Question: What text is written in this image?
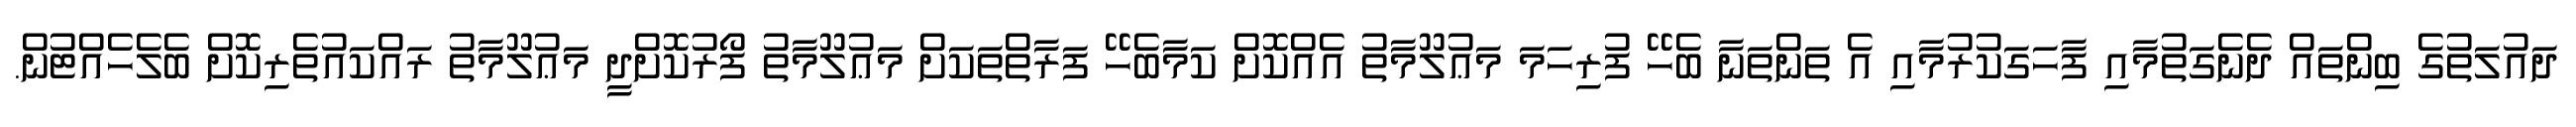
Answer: ދައުލަތުގެ ބިންތައް ދެނެގަތުމާއި ފާހަގަކުރުމާއި އެ ތަންތަނާ ބެހޭ ފުރިހަމަ މަޢުލޫމާތު އެއްކޮށް ކަމާބެހޭ ފަރާތްތަކަށް މަޢުލޫމާތު ފޯރުކޮށްދީ މަޢުލޫމާތު ރައްކައުތެރިކޮށް ބެލެހެއްޓުން.